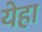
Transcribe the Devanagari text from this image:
येहा